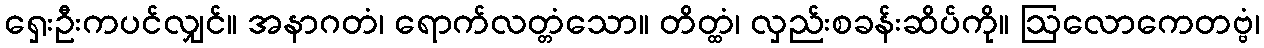
ရှေးဦးကပင်လျှင်။ အနာဂတံ၊ ရောက်လတ္တံသော။ တိတ္ထံ၊ လှည်းစခန်းဆိပ်ကို။ ဩလောကေတဗ္ဗံ၊